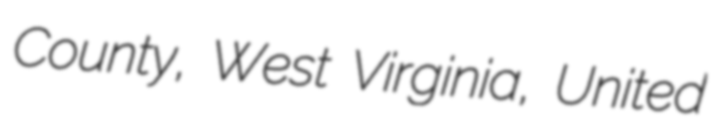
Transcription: County, West Virginia, United